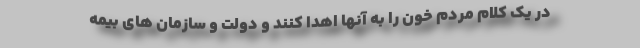
در یک کلام مردم خون را به آنها اهدا کنند و دولت و سازمان های بیمه